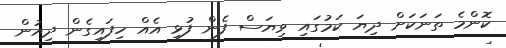
ކޮންމެ ތަނަކަށް ދިޔަ ކަމުގައި ވިޔަސް ފެން ފުޅި އެއް ހިފައިގެން ދިއުން